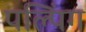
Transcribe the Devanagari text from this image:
पल्पिंग